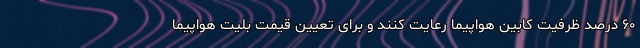
۶۰ درصد ظرفیت کابین هواپیما رعایت کنند و برای تعیین قیمت بلیت هواپیما